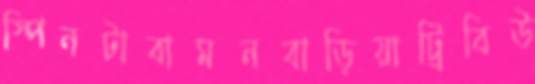
স্পিনটাবামনবাড়িয়াট্রিবিউ